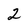
Character: 2